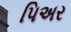
પિઅર